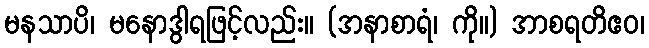
မနသာပိ၊ မနောဒွါရဖြင့်လည်း။ (အနာစာရံ၊ ကို။) အာစရတိဧဝ၊